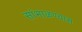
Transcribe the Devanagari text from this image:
सांभाळण्‍यास